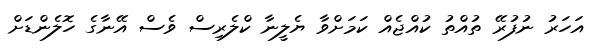
އަހަރު ނުފުރޭ ތުއްތު ކުއްޖެއް ކަމަށްވާ ޔެލީނާ ކްލެރިސް ވެސް އޭނާގެ ހޮލެންޑަށް